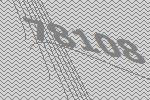
78108